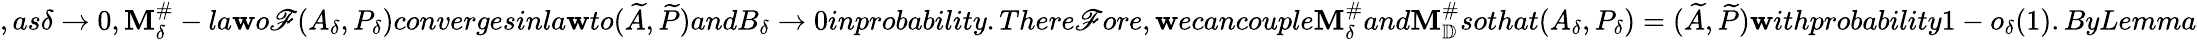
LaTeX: ,as\delta\to0,\mathbf{M}_{\delta}^{\# }-la\mathbf{w}o\mathscr{F}(A_{\delta},P_{\delta})convergesinla\mathbf{w}to(\widetilde{A},\widetilde{P})andB_{\delta}\to0inprobability.There\mathscr{F}ore,\mathbf{w}ecancouple\mathbf{M}_{\delta}^{\# }and\mathbf{M}_{\mathbb{D}}^{\# }sothat(A_{\delta},P_{\delta})=(\widetilde{A},\widetilde{P})\mathbf{w}ithprobability1-o_{\delta}(1).ByLemma